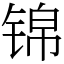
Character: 锦